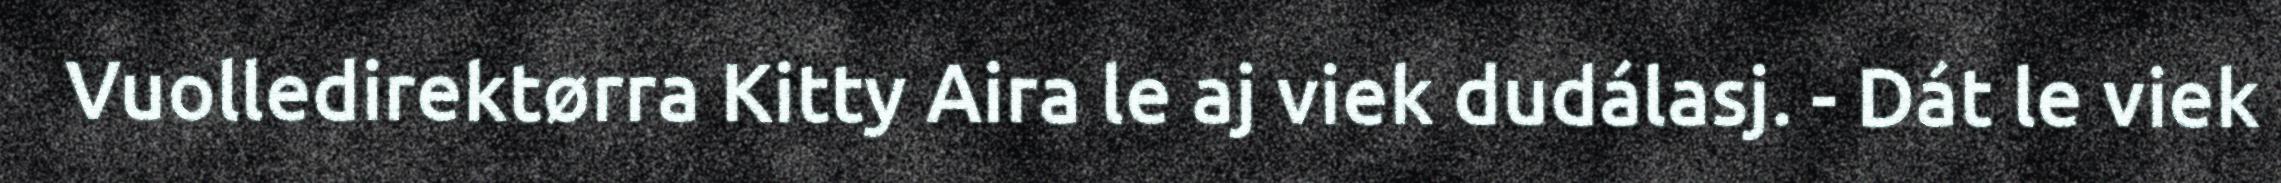
Vuolledirektørra Kitty Aira le aj viek dudálasj. - Dát le viek